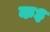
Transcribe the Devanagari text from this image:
क३